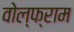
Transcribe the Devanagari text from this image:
वोल्फ्राम